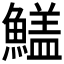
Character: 𩺻